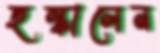
ছল্‌কালেন